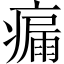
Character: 瘺